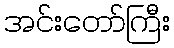
အင်းတော်ကြီး